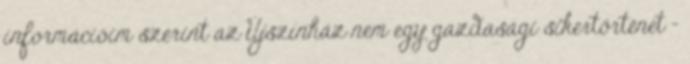
információim szerint az Újszínház nem egy gazdasági sikertörténet –